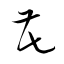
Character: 花